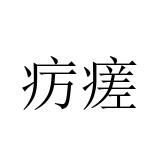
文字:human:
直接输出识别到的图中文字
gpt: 疠瘥